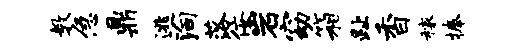
教急鼎逃殉落佞岩窈箱趾香稼捧